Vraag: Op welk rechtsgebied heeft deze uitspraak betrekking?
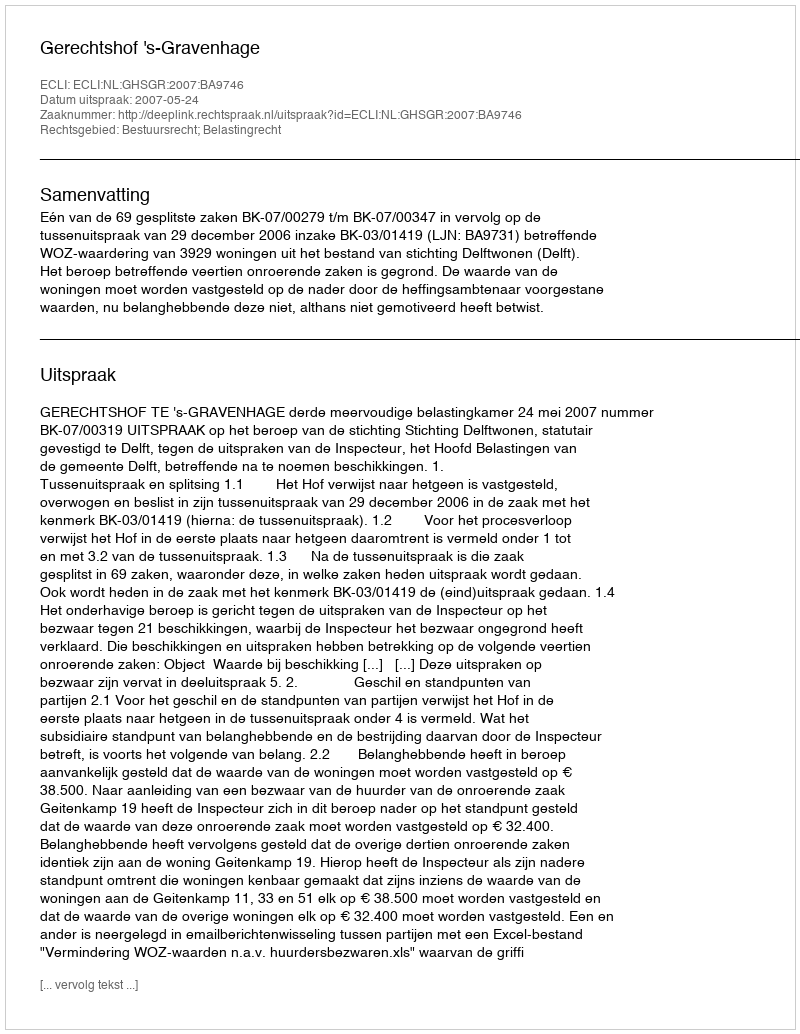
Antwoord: Bestuursrecht; Belastingrecht